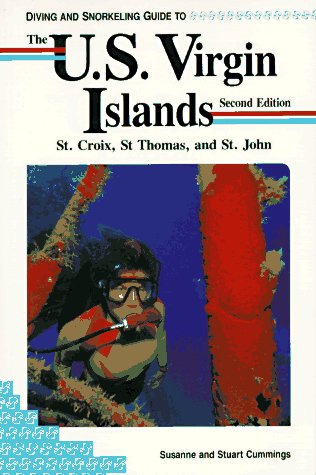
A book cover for Diving and Snorkeling Guide to U.S. Virgin Islands: St. Croix, St. Thomas, and St. John (Lonely Planet Diving and Snorkeling Guides); Susanne Cummings; Travel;